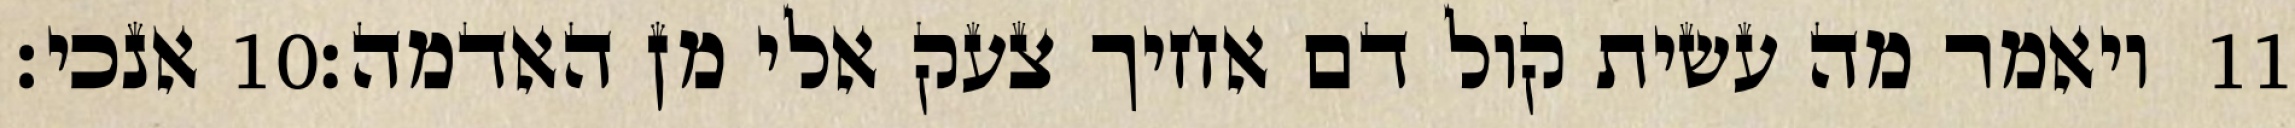
אנכי׃ ‎10‏ ויאמר מה עשית קול דם אחיך צעק אלי מן האדמה׃ ‎11‏